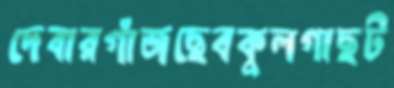
দেবারগাঁজছেবকুলগাছট